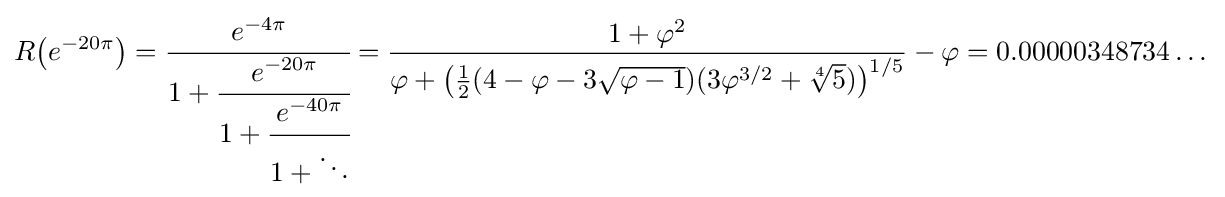
R{\big (}e^{-20\pi }{\big )}={\cfrac {e^{-4\pi }}{1+{\cfrac {e^{-20\pi }}{1+{\cfrac {e^{-40\pi }}{1+\ddots }}}}}}={\frac {1+\varphi ^{2}}{\varphi +{\big (}{\frac {1}{2}}(4-\varphi -3{\sqrt {\varphi -1}})(3\varphi ^{3/2}+{\sqrt[{4}]{5}}){\big )}^{1/5}}}-\varphi =0.00000348734\dots